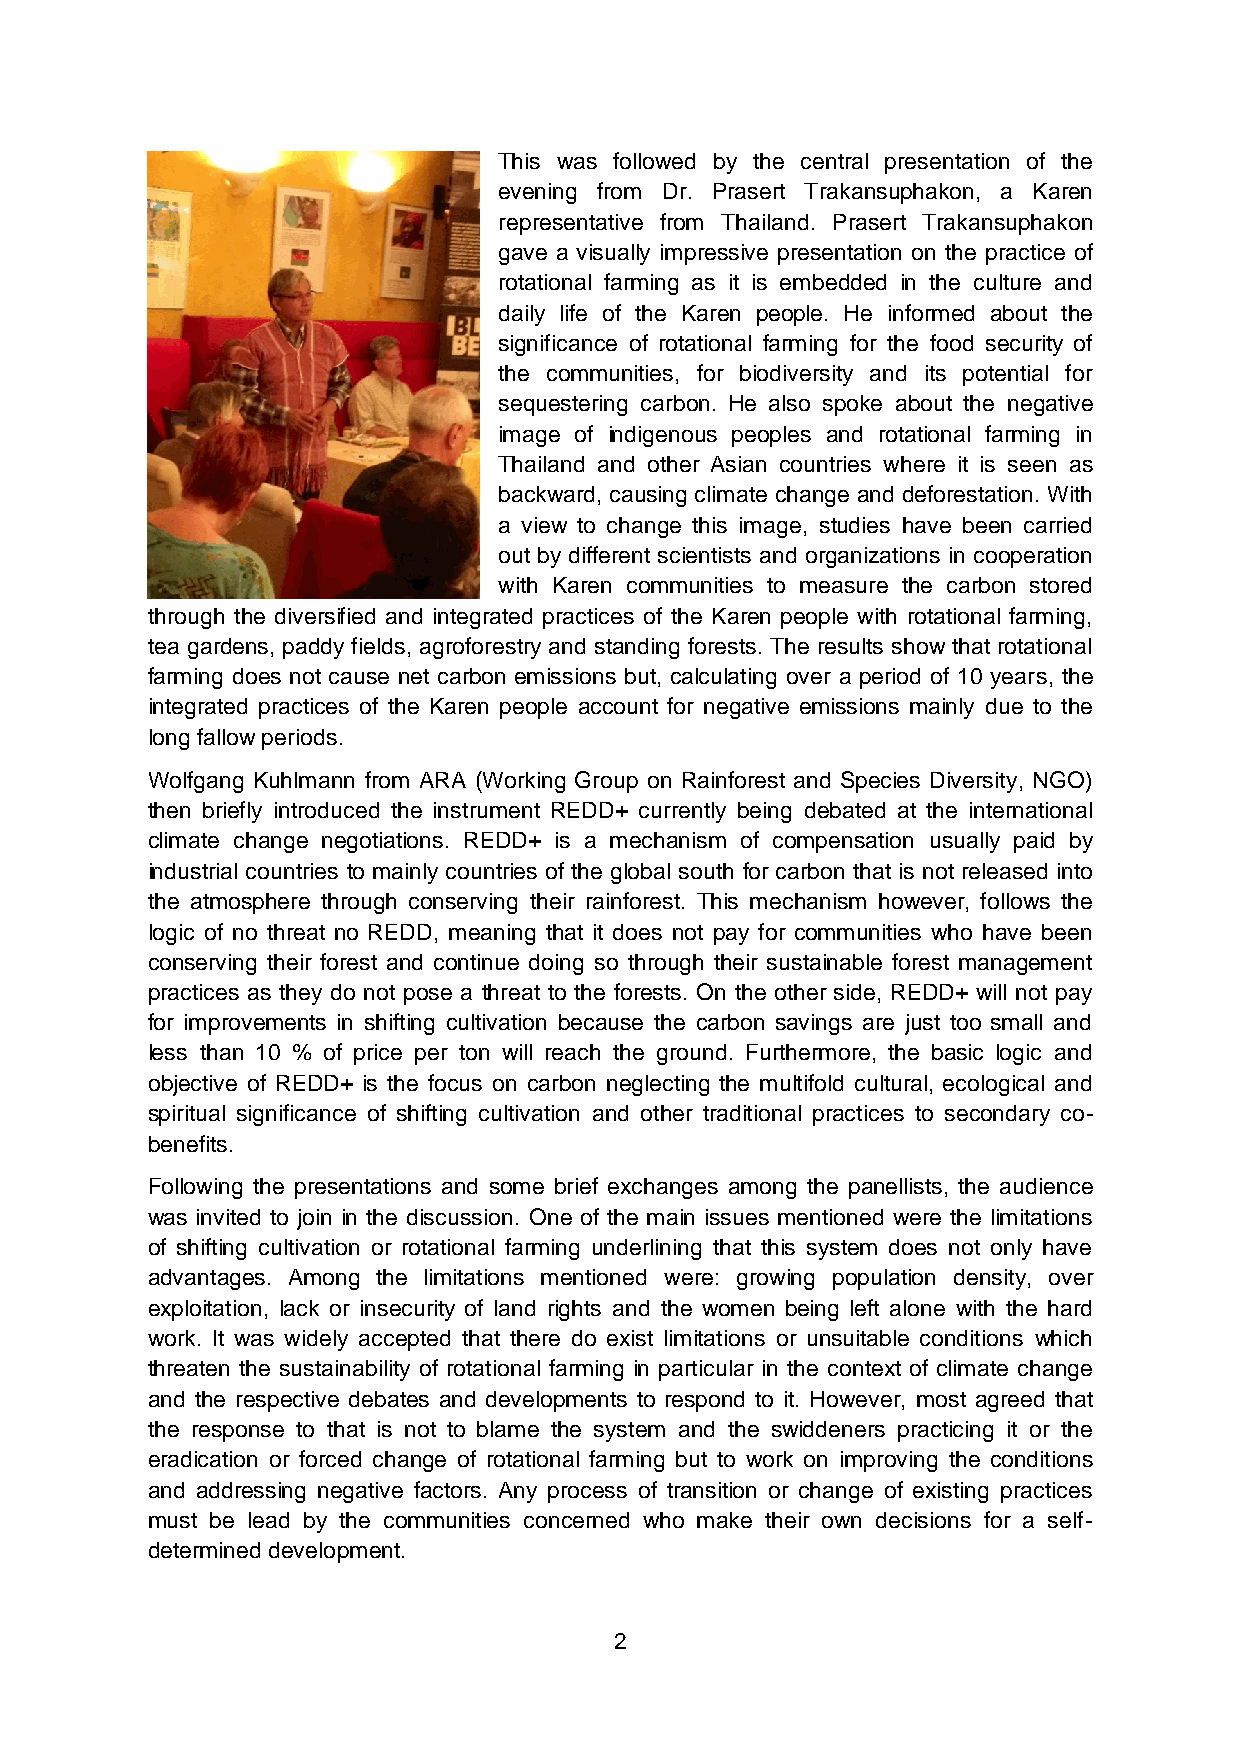
This was followed by the central presentation of the
 evening from Dr. Prasert Trakansuphakon, a Karen
 representative from Thailand. Prasert Trakansuphakon
 gave a visually impressive presentation on the practice of
 rotational farming as it is embedded in the culture and
 daily life of the Karen people. He informed about the
 significance of rotational farming for the food security of
 the communities, for biodiversity and its potential for
 sequestering carbon. He also spoke about the negative
 image of indigenous peoples and rotational farming in
 Thailand and other Asian countries where it is seen as
 backward, causing climate change and deforestation. With
 a view to change this image, studies have been carried
 out by different scientists and organizations in cooperation
 with Karen communities to measure the carbon stored
 through the diversified and integrated practices of the Karen people with rotational farming,
 tea gardens, paddy fields, agroforestry and standing forests. The results show that rotational
 farming does not cause net carbon emissions but, calculating over a period of 10 years, the
 integrated practices of the Karen people account for negative emissions mainly due to the
 long fallow periods.
 Wolfgang Kuhlmann from ARA (Working Group on Rainforest and Species Diversity, NGO)
 then briefly introduced the instrument REDD+ currently being debated at the international
 climate change negotiations. REDD+ is a mechanism of compensation usually paid by
 industrial countries to mainly countries of the global south for carbon that is not released into
 the atmosphere through conserving their rainforest. This mechanism however, follows the
 logic of no threat no REDD, meaning that it does not pay for communities who have been
 conserving their forest and continue doing so through their sustainable forest management
 practices as they do not pose a threat to the forests. On the other side, REDD+ will not pay
 for improvements in shifting cultivation because the carbon savings are just too small and
 less than 10 % of price per ton will reach the ground. Furthermore, the basic logic and
 objective of REDD+ is the focus on carbon neglecting the multifold cultural, ecological and
 spiritual significance of shifting cultivation and other traditional practices to secondary co-
 benefits.
 Following the presentations and some brief exchanges among the panellists, the audience
 was invited to join in the discussion. One of the main issues mentioned were the limitations
 of shifting cultivation or rotational farming underlining that this system does not only have
 advantages. Among the limitations mentioned were: growing population density, over
 exploitation, lack or insecurity of land rights and the women being left alone with the hard
 work. It was widely accepted that there do exist limitations or unsuitable conditions which
 threaten the sustainability of rotational farming in particular in the context of climate change
 and the respective debates and developments to respond to it. However, most agreed that
 the response to that is not to blame the system and the swiddeners practicing it or the
 eradication or forced change of rotational farming but to work on improving the conditions
 and addressing negative factors. Any process of transition or change of existing practices
 must be lead by the communities concerned who make their own decisions for a self-
 determined development.
 2